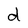
Character: d